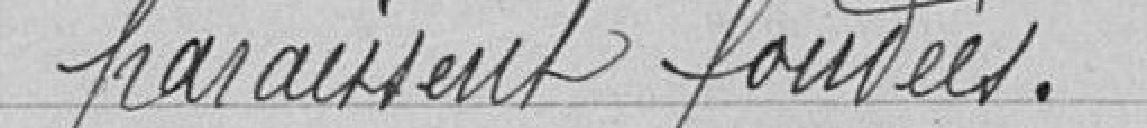
paraissent fondées.